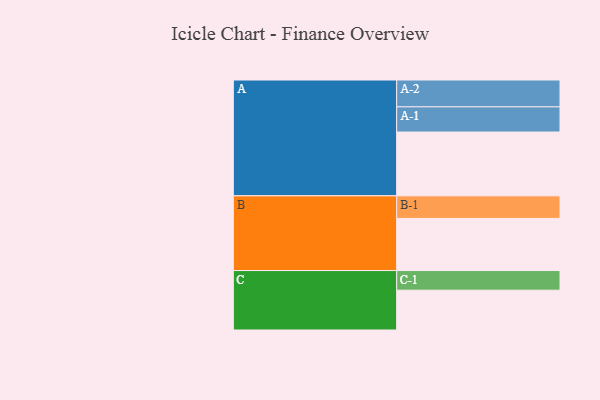
{"axis": {"x": "Segment", "y": "Value"}, "legend": ["", "A", "B", "C"], "data": [{"x": "A", "y": 585, "type": ""}, {"x": "B", "y": 478, "type": ""}, {"x": "C", "y": 365, "type": ""}, {"x": "A-1", "y": 231, "type": "A"}, {"x": "A-2", "y": 246, "type": "A"}, {"x": "B-1", "y": 207, "type": "B"}, {"x": "C-1", "y": 180, "type": "C"}]}